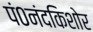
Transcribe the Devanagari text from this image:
पं०नंदकिशोर